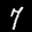
Label: 7